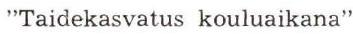
"Taidekasvatus kouluaikana"